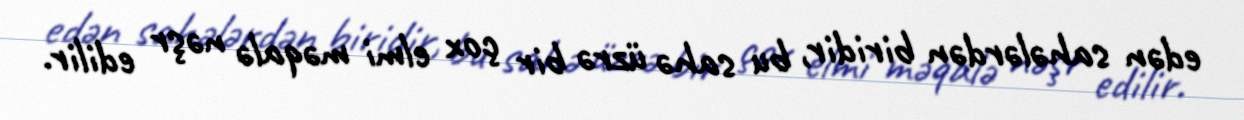
edən sahələrdən biridir, bu sahə üzrə bir çox elmi məqalə nəşr edilir.